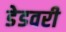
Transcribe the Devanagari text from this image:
डेडवरी